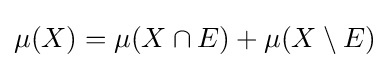
\mu (X)=\mu (X\cap E)+\mu (X\setminus E)